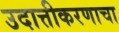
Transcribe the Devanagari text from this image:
उदात्तीकरणाचा